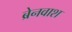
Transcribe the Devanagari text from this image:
ब्रेनवाश